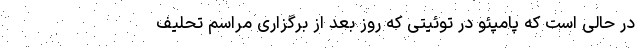
در حالی است که پامپئو در توئیتی که روز بعد از برگزاری مراسم تحلیف